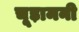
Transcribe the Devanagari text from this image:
चूड़ामनी